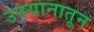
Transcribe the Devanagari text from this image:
उपयानातून